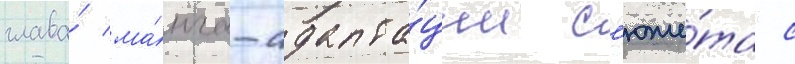
глава́ ма́нга-адапта́ции с'юже́та с